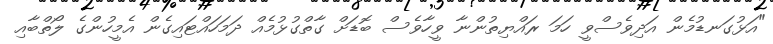
"އަޅުގަނޑުމެން އަދިވެސްވީ ހަމަ ރައްޔިތުންނާ ވީހާވެސް ބޮޑަށް ގާތްގުޅުމެއް ދަމަހައްޓައިގެން އެމީހުންގެ ލޯތްބާއި